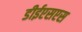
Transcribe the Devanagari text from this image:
डीईएसएस